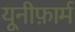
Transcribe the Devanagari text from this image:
यूनीफ़ार्म